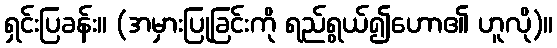
ရှင်းပြခန်း။ (အမှားပြုခြင်းကို ရည်ရွယ်၍ဟော၏ ဟူလို)။